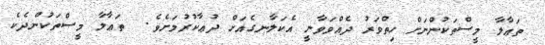
ތަޢާލާ މީސްތަކުންނަށް ހިތްވަރު ދެއްވަވާނީ އެކަލާނގެއަށް ދުޢާކުރުމަށެވެ.  ތަޢާލާ މީސްތަކުންދެކެ